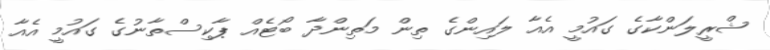
ޝްރީލަންކާގެ ގައުމީ އެއާ ލައިންގެ ތިން މަތިންދާ ބޯޓެއް ޕާކިސްތާނުގެ ގައުމީ އެއާ